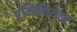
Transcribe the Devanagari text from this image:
एम्पिथियेटर